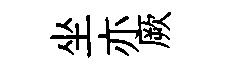
坐亦厥